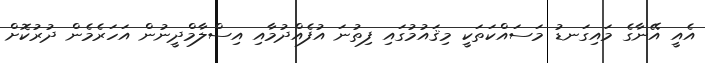
އެއީ އޭނާގެ މައިގަނޑު މަސައްކަތަކީ މިޤައުމުގައި ފިތުނަ އުފެއްދުމާއި އިސްލާމްދީނުން އަހަރެމެން ދުރުކޮށް